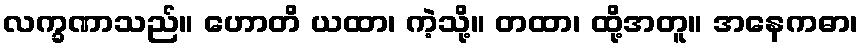
လက္ခဏာသည်။ ဟောတိ ယထာ၊ ကဲ့သို့။ တထာ၊ ထို့အတူ။ အနေကဓာ၊